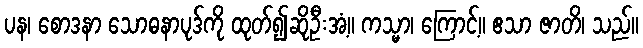
ပန၊ စောဒနာ သောဓနာပုဒ်ကို ထုတ်၍ဆိုဦးအံ့။ ကသ္မာ၊ ကြောင့်။ ဧသာ ဇာတိ၊ သည်။